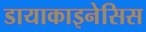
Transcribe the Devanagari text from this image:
डायाकाइनेसिस